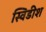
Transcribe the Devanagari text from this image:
स्विडीश